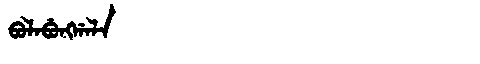
Manchu: ᠪᠣᠯᠠᠪᡠᠩᡤᠠᠯᠠ
Romanization: BOLABUNGGALA